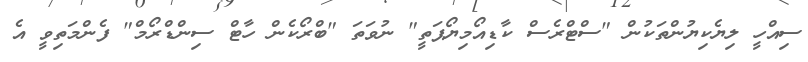
ސިއްހީ ލިޔެކިޔުންތަކުން "ސްޓްރެސް ކާޑިއޯމިޔޯޕަތީ" ނުވަތަ "ބްރޯކެން ހާޓް ސިންޑްރޯމް" ފެންމަތިވީ އެ